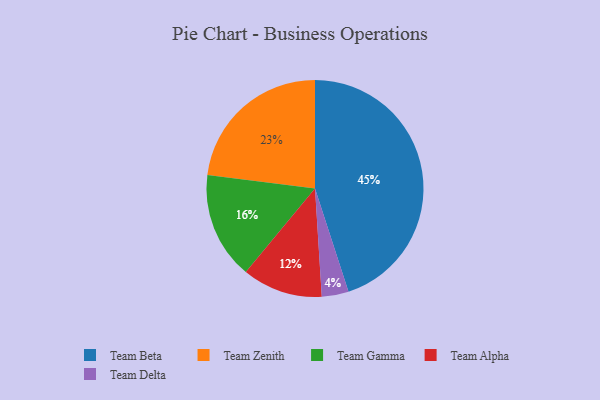
{"axis": {"x": "Category", "y": "Percentage"}, "legend": ["Team Alpha", "Team Beta", "Team Delta", "Team Gamma", "Team Zenith"], "data": [{"x": "Team Alpha", "y": 12, "type": "Team Alpha"}, {"x": "Team Beta", "y": 45, "type": "Team Beta"}, {"x": "Team Delta", "y": 4, "type": "Team Delta"}, {"x": "Team Gamma", "y": 16, "type": "Team Gamma"}, {"x": "Team Zenith", "y": 23, "type": "Team Zenith"}]}